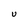
Character: U